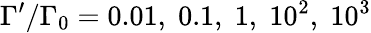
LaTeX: \Gamma^{\prime}/\Gamma_{0}=0.01,\; 0.1,\; 1,\; 10^{2},\; 10^{3}